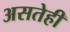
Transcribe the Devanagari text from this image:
असतेही